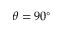
\theta = 9 0 ^ { \circ }